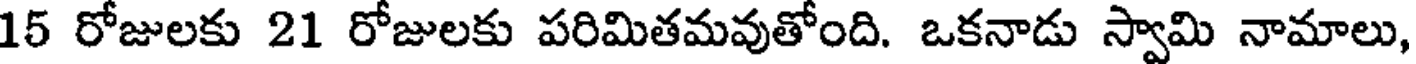
15 రోజులకు 21 రోజులకు పరిమితమవుతోంది. ఒకనాడు స్వామి నామాలు,